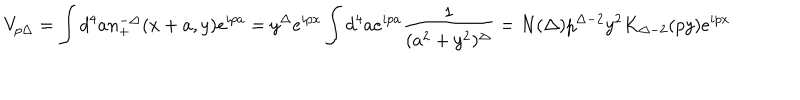
V _ { p \Delta } = \int d ^ { 4 } a n _ { + } ^ { - \Delta } ( x + a , y ) e ^ { i p a } = y ^ { \Delta } e ^ { i p x } \int d ^ { 4 } a e ^ { i p a } \frac { 1 } { ( a ^ { 2 } + y ^ { 2 } ) ^ { \Delta } } = N ( \Delta ) p ^ { \Delta - 2 } y ^ { 2 } K _ { \Delta - 2 } ( p y ) e ^ { i p x }